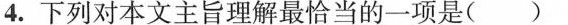
4.下列对本文主旨理解最恰当的一项是(